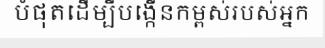
បំផុតដើម្បីបង្កើនកម្ពស់របស់អ្នក